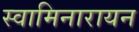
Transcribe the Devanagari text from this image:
स्वामिनारायन